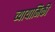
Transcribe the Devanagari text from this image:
व्यायामिकी